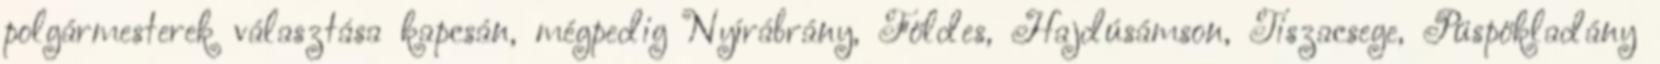
polgármesterek választása kapcsán, mégpedig Nyírábrány, Földes, Hajdúsámson, Tiszacsege, Püspökladány